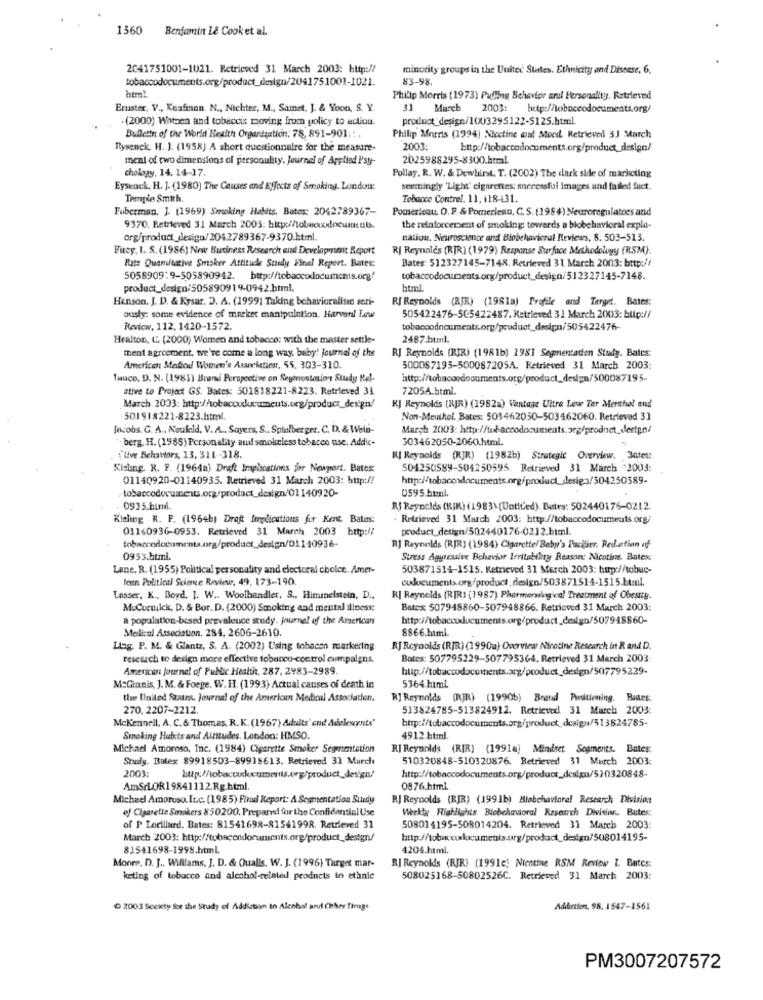
1560
Benjamin L& Cook et al.
2041751001-1021. Retrieved 31 March 2003: http://
minority groups in the United States. Ethnicity and Discese, 6,
tobaccodocuments.org/product_design/2041751001-1021.
83-98.
html.
Philip Morris (1973) Puffing Behavior and Personality. Retrieved
Ernster, V ., Keafman. N ., Nichter, M ., Samet. ]. & Yoon, S. Y.
31 March 2003: http://tobaccodocuments.org/
.(2000) Whoen and tobeceis moving from policy to action.
product _design/1003295122-5125.html.
Bulletin of the World Health Organization: 78, 891-901; ; .
Philip Morris (1994) Nectine ont Moed Retrieved 3J March
Rysenck. H. J. (1958) A short questionnaire for the measure-
2001
Http://tobaccodocuments.org/product_design/
ment of two dimensions of personulity. Journal of Applied Psy-
2025988295-8300.htral.
chology, 14. 14-17.
Pollay, R. W. & Dewhirst. T. (2002) The dark side of marketing
Eysenck, H. J. (1980) The Causes and Effects of Smoking. London:
seemingly 'Light' cigarettes: necessfui images and failed fuct.
Temple Smith
Tobacco Contrel. 11, 118-131.
Fuberman, J. (1969) Smoking Habits. Bates: 2042789367-
Pomerleau. O.P. & Pomerleau, C. S. (1984) Neuroregulators and
9370. Retrieved 31 March 2003: http://tobecdocuments.
the reinforcement of smoking: towards a biobehavioral expla-
org/product_design/2042789367-9370.html.
nation. Neuroscience and Blobchovicral Reviews, 8. 503-513.
Firey. I. S. (1986) New Business Research and Development Report
R| Reynolds (RJR) (1979) Response Surface Methodology (RSM).
Bates: 512327145-7148. Retrieved 31 March 2003: http://
Ritz Quamitative Smoker Attituche Study Final Report. Bates:
5058909:9-505890942. bttp://tobaccodocuments.org/
tobaccodocuments.org/product_design/512327145-7148.
product_design/505890919-0942.html.
html
Henson, J. D. & Kysar, D. A. (1999) Taking behavioralisın seri-
RJ Reynolds (RJR) (198la) Profile and Terget. Bates:
ously: some evidence of market manipulation. Harveril Towe
505422476-505422487. Retrieved 31 March 2003: bup://
Review, 112, 1420-1572.
tobaccodocuments.org/product_design/505422476-
Healton, L. (2000) Women and tobacco: with the master settle-
2487.html.
ment agreement, we're come a long way, baby! journal of the
RJ Reynolds (RIR) (1981b) 2981 Segmentation Study. Batcs:
American Stediod! Women's Atanciation, 55. 303-310.
500087195-500087205A. Retrieved 31 March 2003:
Tasuco, D. N. (1981) Brani Perspective on Segmentation Study Kel-
http://tobacoodocuments.org/product_design/500087195-
ative to Project GS. Bates: 501818221-8223. Retrieved 31
7205A.html.
March 2003: http://obacouleumeuts.urg/product_design/
KJ Reynolds (XJR) (1982a) Vantage Ultre Lew Ter Menthol and
501918221-8223.html
Non-Meuikol. Bates: 503462050-503462060. Retrieved 3]
Jacobs. G. A ., Neufeld, V. A ., Sayers, S ., Spielberger, C. D. & Wein-
March 2003: http://tobaccodocuments.org/product_dleetgn/
berg, H. (1985) Personality aud smokeless tobacco use. Addic-
303462050-2060.html
""live Behaviors, 13, 311 .- 318.
RI Reynolds (RJR) (1982b) Strategic Overview. 3ates:
Kisling. R. F. (1964a) Draft Implications for Newport. Bates:
504250589-504250595. Retrieved 31 March 2003:
01140920-01140935. Retrieved 31 March 2003: http://
0595.html
0935.html
Rf Reynolds (KIK) (1983) (Untited). Butes: 502440176-0212.
Kieling R. P. (1964b) Draft Implications for Kent. Batus:
. Retrieved 31 March 2003: http://tobaccodocuments.org/
01140936-0953. Retrieved 31 March 2003 http://
product_design/502440176-0212.btml.
RJ Reynolds (RJR) (1984) Cigarette/ Baby's Packler. Redaction of
0953.htmi.
Stress Aggressive Behavior Irritability Reason: Nicotine. Bates
Lane. R. (1955) Political personality and electoral cholce. Amer-
503871514-1515. Retrieved 31 March 2003: http://tobus-
fen Political Science Review, 49, 173-190.
cudocuments org/product _design/503871514-1515.html.
Lasser, K ., Boyd. I. W .. Woolhandler, S ., Himmelstein, D ..
RI Reynolds (RIRI (1987) Pharmeralogical Treatment of Obesity.
MuCurtilck, D. & Bor. D. (2000) Smoking and mental illness;
Batex 507948860-507948866. Retrieved 31 March 2003
a popralation-besed prevalence study. journal of the American
Medical Association. 284, 2606-2610.
8866.html.
Lag. P. M. & Glantz, S. A. (2002) Using tobacen markering
RJ Reynolds (RJR) (1990a) Overview Nicotine Research in R and D.
research to design more effective tobacco-control cumpalgns,
Bates: 507795229-507795364. Retrieved 31 March 2003
American journal of Public Health, 287. 2983-2989.
M:Granis, J. M. & Foege. W. H. (1993) Actual causes of death in
5364.html
time United States. Journal of the American Medical Association.
R] Reynolds (RJR) (1990b) Brand Positioning. Rides
270, 2207-2212.
513824785-513824912. Retrieved 31 March 2003:
Mckennell, A. C. & Thomas. R.K. (1967) Adults' and ådelescents'
http://tobaccodocuments.org/product design/513824785-
Smoking Habits and Attitudes, London: HMSO.
4912.html.
Michael Amoroso, Inc. (1984) Cigarette Smoker Segmentation
R| Reynolds (R[R] (1991ai Mindset Segments. Bates:
Study. Balex 89918503-89918613. Retrieved 31 March
510320848-510320876. Retrieved 31 March 2003:
2003:
http://tobaccodocuments.org/product_design/5)0320848-
AmSrLOR19841112.Rg.html
0876.html.
Michael Amoroso, Inc. (1985) Final Report: A Segmentation Sitedy
RJ Reynolds (RJR) (1991b) Blobehavioral Research Division
of Cigarette Smokers 850200, Prepared for the Confidential Use
Weekly Highlights Bicbehavioral Research Division. Butes:
of P Lorillard. Bates: 81541698-81541998. Retrieved 31
508014195-508014204. Retrieved 31 March 2003
March 2003: http://tobaccodocuments.org/product_design/
http://tobacxudocuments.urg/product_design/508014195-
83541698-1998.html.
4204.html.
Mones. D. J ., Wifilams, J. D. & Qualis. W. J. (1996) Target mar-
RJ Reynolds (RJR) (1991c: Niente RSM Review i. Bates:
keting of tobacco and alcohol-related products to ethnic
508025168-50802526C. Retrieved 31 March 2003:
2003 Sceicty for the Study of Addiction to Alcohol and Other firuge
Addiction, 98. 1547-1561
PM3007207572